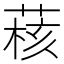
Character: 𫈺